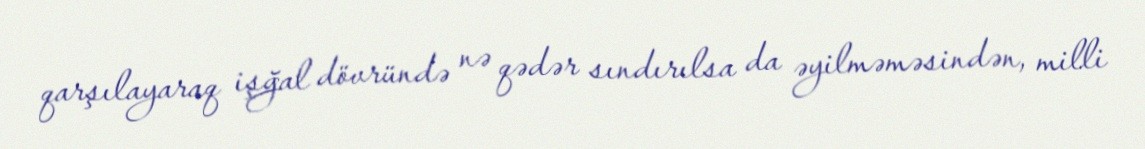
qarşılayaraq işğal dövründə nə qədər sındırılsa da əyilməməsindən, milli